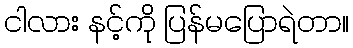
ငါလား နင့်ကို ပြန်မပြောရဲတာ။